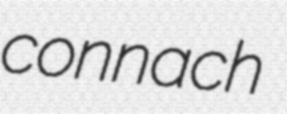
connach